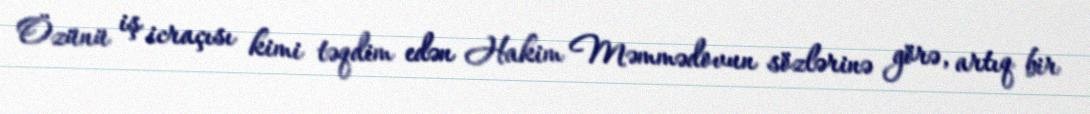
Özünü iş icraçısı kimi təqdim edən Hakim Məmmədovun sözlərinə görə, artıq bir